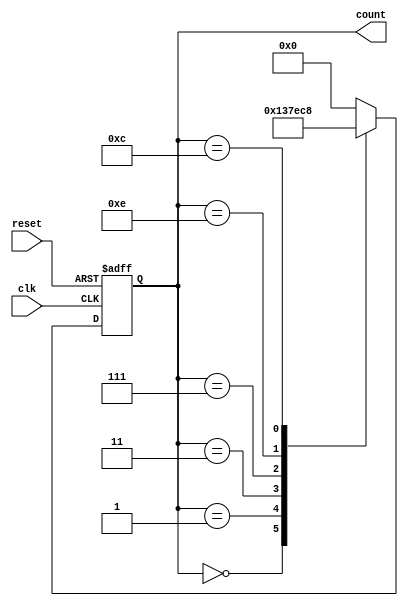
module johnson_counter (
  input clk,
  input reset,
  output reg [3:0] count
);

reg [3:0] next_count;

always @ (posedge clk or posedge reset) begin
  if (reset) begin
    count <= 4'b0000;
  end else begin
    count <= next_count;
  end
end

always @ (*) begin
  case(count)
    4'b0000: next_count = 4'b0001;
    4'b0001: next_count = 4'b0011;
    4'b0011: next_count = 4'b0111;
    4'b0111: next_count = 4'b1110;
    4'b1110: next_count = 4'b1100;
    4'b1100: next_count = 4'b1000;
    default: next_count = 4'b0000;
  endcase
end

endmodule